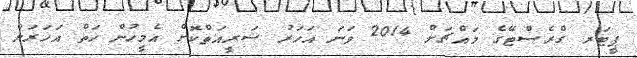
ޕީޓަރ ގްރެސްޓޭގެ މައްޗަށް 2014 ވަނަ އަހަރު ޝަރީއަތްކޮށް އެމީހުން ހަތް އަހަރަށް